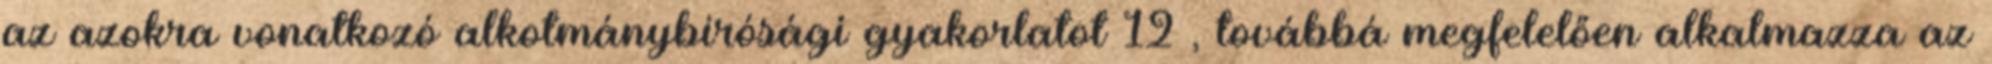
az azokra vonatkozó alkotmánybírósági gyakorlatot 12 , továbbá megfelelően alkalmazza az